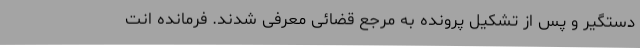
دستگیر و پس از تشکیل پرونده به مرجع قضائی معرفی شدند. فرمانده انت